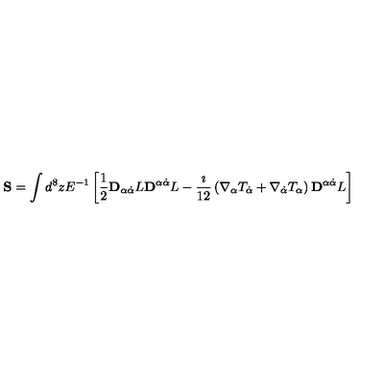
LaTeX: { \bf S } = \int d ^ { 8 } z E ^ { - 1 } \left[ \frac { 1 } { 2 } { \bf D } _ { \alpha \dot { \alpha } } L { \bf D } ^ { \alpha \dot { \alpha } } L - \frac { \imath } { 1 2 } \left( \nabla _ { \alpha } T _ { \dot { \alpha } } + \nabla _ { \dot { \alpha } } T _ { \alpha } \right) { \bf D } ^ { \alpha \dot { \alpha } } L \right]